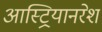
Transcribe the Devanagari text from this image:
आस्ट्रियानरेश